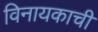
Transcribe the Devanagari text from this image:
विनायकाची